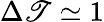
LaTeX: \Delta\mathscr{T}\simeq1